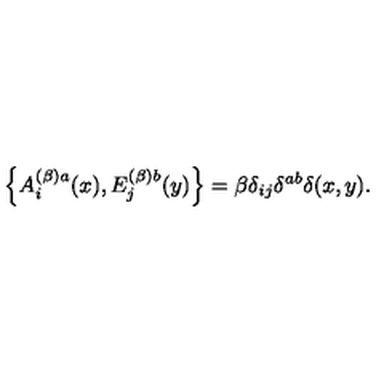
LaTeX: \left\{ A _ { i } ^ { ( \beta ) a } ( x ) , E _ { j } ^ { ( \beta ) b } ( y ) \right\} = \beta \delta _ { i j } \delta ^ { a b } \delta ( x , y ) .